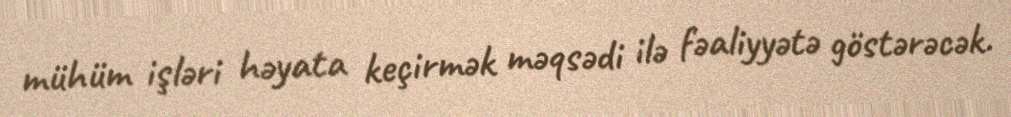
mühüm işləri həyata keçirmək məqsədi ilə fəaliyyətə göstərəcək.